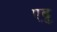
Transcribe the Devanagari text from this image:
एब्रु